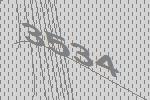
3534